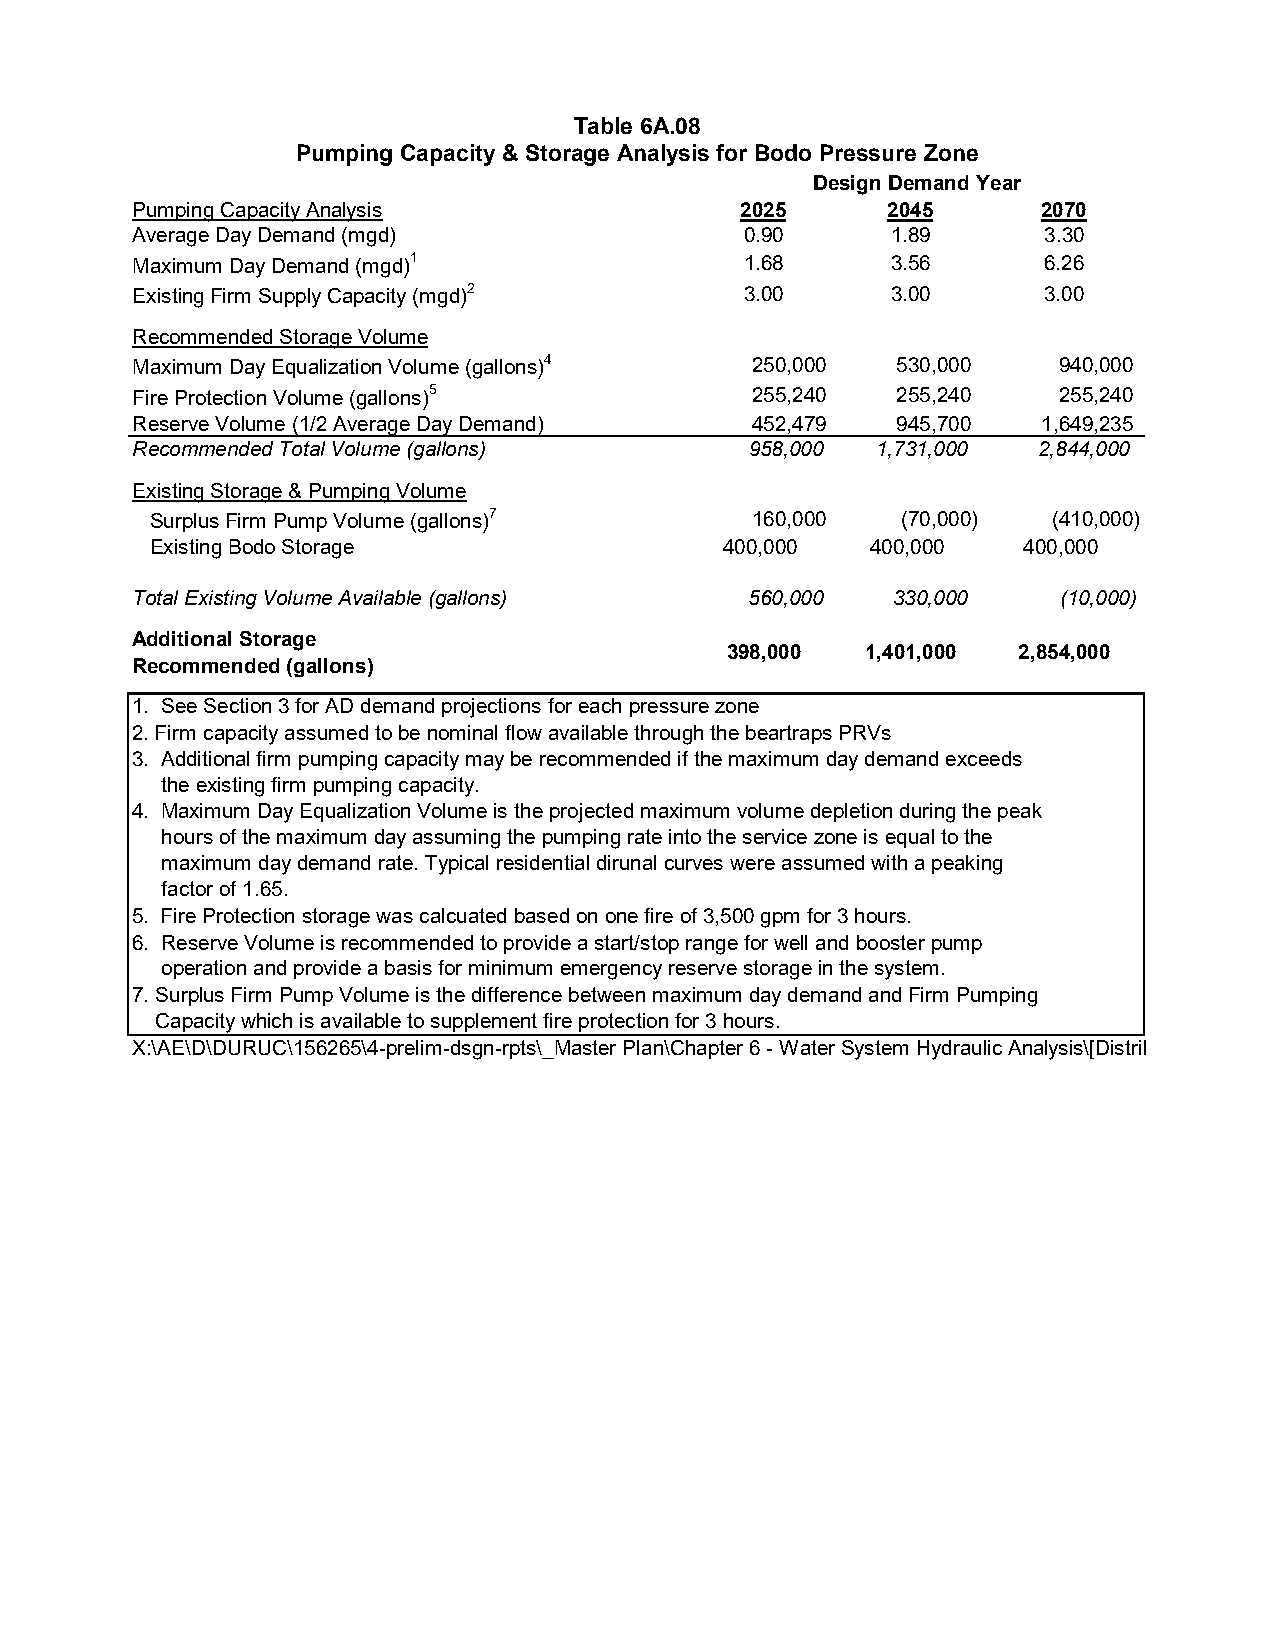
Table 6A.08
 Pumping Capacity & Storage Analysis for Bodo Pressure Zone
 Design Demand Year
 Pumping Capacity Analysis               2025      2045      2070
 Average Day Demand (mgd)                0.90      1.89      3.30
 Maximum Day Demand (mgd)1               1.68      3.56      6.26
 Existing Firm Supply Capacity (mgd)2    3.00      3.00      3.00
 Recommended Storage Volume
 Maximum Day Equalization Volume (gallons)4 250,000 530,000   940,000
 Fire Protection Volume (gallons)5        255,240  255,240    255,240
 Reserve Volume (1/2 Average Day Demand)  452,479  945,700   1,649,235
 Recommended Total Volume (gallons)       958,000 1,731,000  2,844,000
 Existing Storage & Pumping Volume
 Surplus Firm Pump Volume (gallons)7     160,000   (70,000)  (410,000)
 Existing Bodo Storage                 400,000   400,000   400,000
 Total Existing Volume Available (gallons) 560,000 330,000    (10,000)
 Additional Storage
 398,000  1,401,000 2,854,000
 Recommended (gallons)
 1. See Section 3 for AD demand projections for each pressure zone
 2. Firm capacity assumed to be nominal flow available through the beartraps PRVs
 3. Additional firm pumping capacity may be recommended if the maximum day demand exceeds
 the existing firm pumping capacity.
 4. Maximum Day Equalization Volume is the projected maximum volume depletion during the peak
 hours of the maximum day assuming the pumping rate into the service zone is equal to the
 maximum day demand rate. Typical residential dirunal curves were assumed with a peaking
 factor of 1.65.
 5. Fire Protection storage was calcuated based on one fire of 3,500 gpm for 3 hours.
 6. Reserve Volume is recommended to provide a start/stop range for well and booster pump
 operation and provide a basis for minimum emergency reserve storage in the system.
 7. Surplus Firm Pump Volume is the difference between maximum day demand and Firm Pumping
 Capacity which is available to supplement fire protection for 3 hours.
 X:\AE\D\DURUC\156265\4-prelim-dsgn-rpts\_Master Plan\Chapter 6 - Water System Hydraulic Analysis\[Distrib